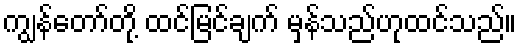
ကျွန်တော်တို့ ထင်မြင်ချက် မှန်သည်ဟုထင်သည်။